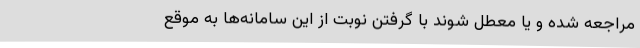
مراجعه شده و یا معطل شوند با گرفتن نوبت از این سامانه‌ها به موقع